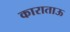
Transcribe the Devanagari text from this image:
काराताऊ